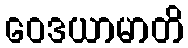
ဝေဒယာမာတိ